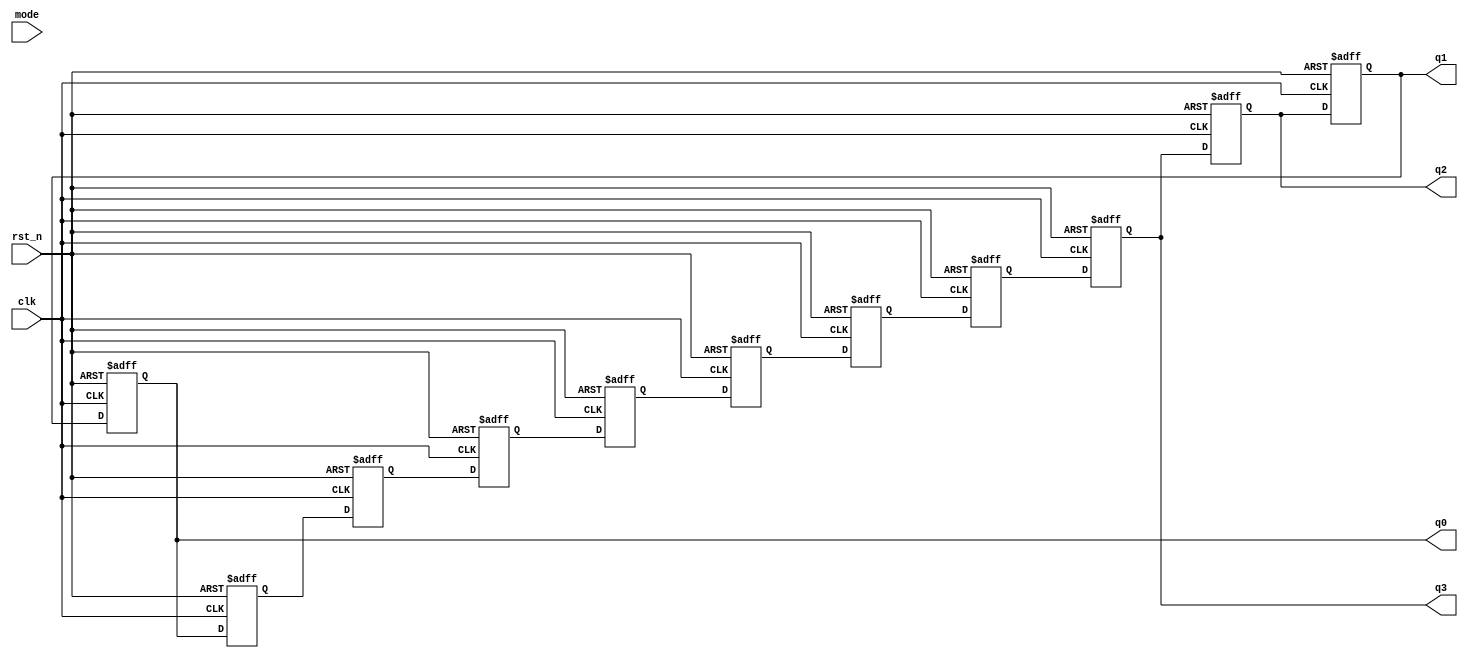
`timescale 1ns / 1ps
//////////////////////////////////////////////////////////////////////////////////
// Company: 
// Engineer: 
// 
// Design Name: 
// Module Name:    shiftreg_2 
// Project Name: 
// Target Devices: 
// Tool versions: 
// Description: 
//
// Dependencies: 
//
// Revision: 
// Revision 0.01 - File Created
// Additional Comments: 
//
//////////////////////////////////////////////////////////////////////////////////

//////flashlight/////////////////
`define BIT_WIDTH 4
module shiftreg_2(
	q0,q1,q2,q3,// LED output
	clk, // global clock
	rst_n, // active low reset
	mode
);
output reg[`BIT_WIDTH-1:0] q0, q1,q2,q3; // LED output
input clk; // global clock
input rst_n; // active low reset
input mode;

reg [3:0]q4,q5,q6,q7,q8,q9,q10,q11,q12,q13;

// Insert frequency divider (freq_div.v)

always@(posedge clk or negedge rst_n)
	if(~rst_n )
	begin
		q0<=4'd3;//F
		q1<=4'd7;//L
		q2<=4'd0;//A
		q3<=4'd10;//S
		q4<=4'd5;//H
		q5<=4'd7;//L
		q6<=4'd6;//I
		q7<=4'd4;//G
		q8<=4'd5;//H
		q9<=4'd11;//T
		q10<=4'd15;//NO
		q11<=4'd15;//
		q12<=4'd15;//
		q13<=4'd15;//
	end
	else
	begin
		q0<=q1;
		q1<=q2;
		q2<=q3;
		q3<=q4;
		q4<=q5;
		q5<=q6;
		q6<=q7;
		q7<=q8;
		q8<=q9;
		q9<=q10;
		q10<=q0;
		q11<=4'd15;
		q12<=4'd15;
		q13<=4'd15;
	end

endmodule